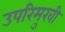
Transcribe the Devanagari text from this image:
उपरिमुखी